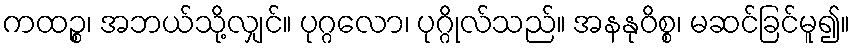
ကထဉ္စ၊ အဘယ်သို့လျှင်။ ပုဂ္ဂလော၊ ပုဂ္ဂိုလ်သည်။ အနနုဝိစ္စ၊ မဆင်ခြင်မူ၍။